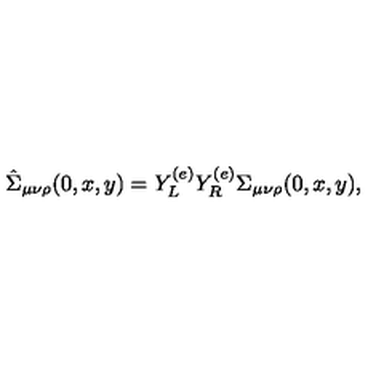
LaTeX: \hat { \Sigma } _ { \mu \nu \rho } ( 0 , x , y ) = Y _ { L } ^ { ( e ) } Y _ { R } ^ { ( e ) } \Sigma _ { \mu \nu \rho } ( 0 , x , y ) ,